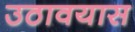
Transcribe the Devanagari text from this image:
उठावयास